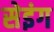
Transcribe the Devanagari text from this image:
सेइंग